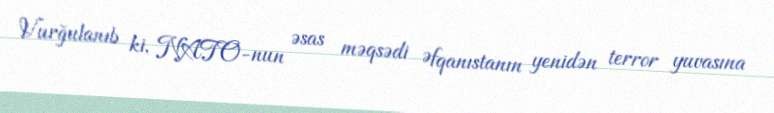
Vurğulanıb ki, NATO-nun əsas məqsədi Əfqanıstanın yenidən terror yuvasına